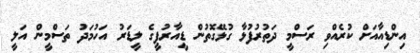
އިންޑިއާއަށް ކުރެއްވި ރަސްމީ ދަތުރުފުޅާ ގުޅޭގޮތުން ޑީއާރުޕީގެ ލީޑަރު އަހުމަދު ތަސްމީން އަލީ